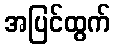
အပြင်ထွက်